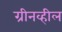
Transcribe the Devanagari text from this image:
ग्रीनव्हील